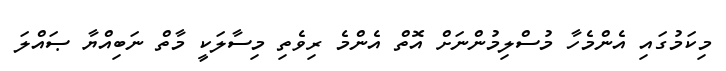
މިކަމުގައި އެންމެހާ މުސްލިމުންނަށް އޮތް އެންމެ ރިވެތި މިސާލަކީ މާތް ނަބިއްޔާ ޞައްލަ